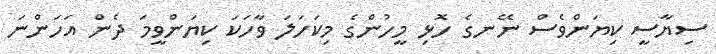
ސިޔާސީ ކިޔަންވެސް ނޭނގެ ހޮޅި މީހުންގެ މިކަހަލަ ވާހަކަ ކިޔަންވީމަ ދެން އަހަންނަ